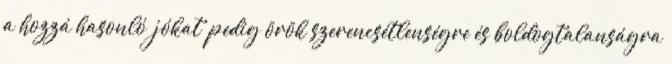
a hozzá hasonló “jókat” pedig örök szerencsétlenségre és boldogtalanságra